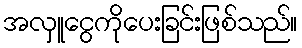
အလှူငွေကိုပေးခြင်းဖြစ်သည်။